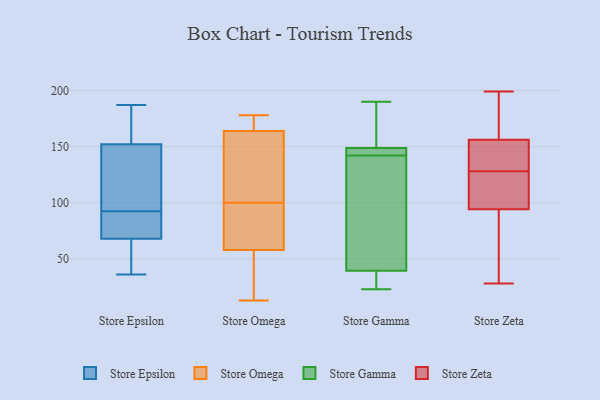
{"axis": {"x": "Shipments", "y": "Value"}, "legend": ["Store Epsilon", "Store Gamma", "Store Omega", "Store Zeta"], "data": [{"x": "", "y": 39, "type": "Store Epsilon"}, {"x": "", "y": 68, "type": "Store Epsilon"}, {"x": "", "y": 180, "type": "Store Epsilon"}, {"x": "", "y": 52, "type": "Store Epsilon"}, {"x": "", "y": 91, "type": "Store Epsilon"}, {"x": "", "y": 152, "type": "Store Epsilon"}, {"x": "", "y": 79, "type": "Store Epsilon"}, {"x": "", "y": 86, "type": "Store Epsilon"}, {"x": "", "y": 94, "type": "Store Epsilon"}, {"x": "", "y": 36, "type": "Store Epsilon"}, {"x": "", "y": 103, "type": "Store Epsilon"}, {"x": "", "y": 122, "type": "Store Epsilon"}, {"x": "", "y": 178, "type": "Store Epsilon"}, {"x": "", "y": 77, "type": "Store Epsilon"}, {"x": "", "y": 172, "type": "Store Epsilon"}, {"x": "", "y": 45, "type": "Store Epsilon"}, {"x": "", "y": 130, "type": "Store Epsilon"}, {"x": "", "y": 187, "type": "Store Epsilon"}, {"x": "", "y": 101, "type": "Store Omega"}, {"x": "", "y": 13, "type": "Store Omega"}, {"x": "", "y": 26, "type": "Store Omega"}, {"x": "", "y": 164, "type": "Store Omega"}, {"x": "", "y": 147, "type": "Store Omega"}, {"x": "", "y": 90, "type": "Store Omega"}, {"x": "", "y": 173, "type": "Store Omega"}, {"x": "", "y": 126, "type": "Store Omega"}, {"x": "", "y": 28, "type": "Store Omega"}, {"x": "", "y": 79, "type": "Store Omega"}, {"x": "", "y": 177, "type": "Store Omega"}, {"x": "", "y": 61, "type": "Store Omega"}, {"x": "", "y": 178, "type": "Store Omega"}, {"x": "", "y": 56, "type": "Store Omega"}, {"x": "", "y": 99, "type": "Store Omega"}, {"x": "", "y": 58, "type": "Store Omega"}, {"x": "", "y": 149, "type": "Store Omega"}, {"x": "", "y": 167, "type": "Store Omega"}, {"x": "", "y": 35, "type": "Store Gamma"}, {"x": "", "y": 53, "type": "Store Gamma"}, {"x": "", "y": 143, "type": "Store Gamma"}, {"x": "", "y": 27, "type": "Store Gamma"}, {"x": "", "y": 110, "type": "Store Gamma"}, {"x": "", "y": 23, "type": "Store Gamma"}, {"x": "", "y": 34, "type": "Store Gamma"}, {"x": "", "y": 190, "type": "Store Gamma"}, {"x": "", "y": 119, "type": "Store Gamma"}, {"x": "", "y": 142, "type": "Store Gamma"}, {"x": "", "y": 142, "type": "Store Gamma"}, {"x": "", "y": 157, "type": "Store Gamma"}, {"x": "", "y": 148, "type": "Store Gamma"}, {"x": "", "y": 165, "type": "Store Gamma"}, {"x": "", "y": 149, "type": "Store Gamma"}, {"x": "", "y": 154, "type": "Store Zeta"}, {"x": "", "y": 98, "type": "Store Zeta"}, {"x": "", "y": 72, "type": "Store Zeta"}, {"x": "", "y": 102, "type": "Store Zeta"}, {"x": "", "y": 199, "type": "Store Zeta"}, {"x": "", "y": 133, "type": "Store Zeta"}, {"x": "", "y": 128, "type": "Store Zeta"}, {"x": "", "y": 134, "type": "Store Zeta"}, {"x": "", "y": 176, "type": "Store Zeta"}, {"x": "", "y": 162, "type": "Store Zeta"}, {"x": "", "y": 136, "type": "Store Zeta"}, {"x": "", "y": 173, "type": "Store Zeta"}, {"x": "", "y": 89, "type": "Store Zeta"}, {"x": "", "y": 76, "type": "Store Zeta"}, {"x": "", "y": 128, "type": "Store Zeta"}, {"x": "", "y": 28, "type": "Store Zeta"}, {"x": "", "y": 96, "type": "Store Zeta"}]}